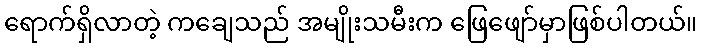
ရောက်ရှိလာတဲ့ ကချေသည် အမျိုးသမီးက ဖြေဖျော်မှာဖြစ်ပါတယ်။